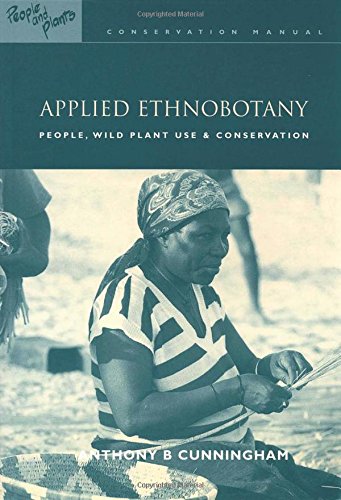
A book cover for Applied Ethnobotany: People, Wild Plant Use and Conservation; Science & Math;